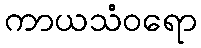
ကာယသံဝရော